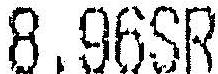
8.96SR